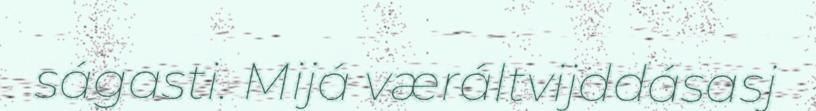
ságasti. Mijá væráltvijddásasj